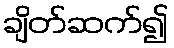
ချိတ်ဆက်၍